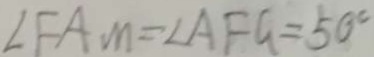
\angle F A M = \angle A F G = 5 0 ^ { \circ }